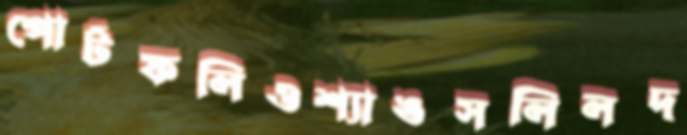
পোর্টফলিওশ্যাঙসলিলদ